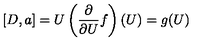
[ D , a ] = U \left( \frac { \partial } { \partial U } f \right) ( U ) = g ( U )